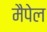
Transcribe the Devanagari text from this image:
मैपेल